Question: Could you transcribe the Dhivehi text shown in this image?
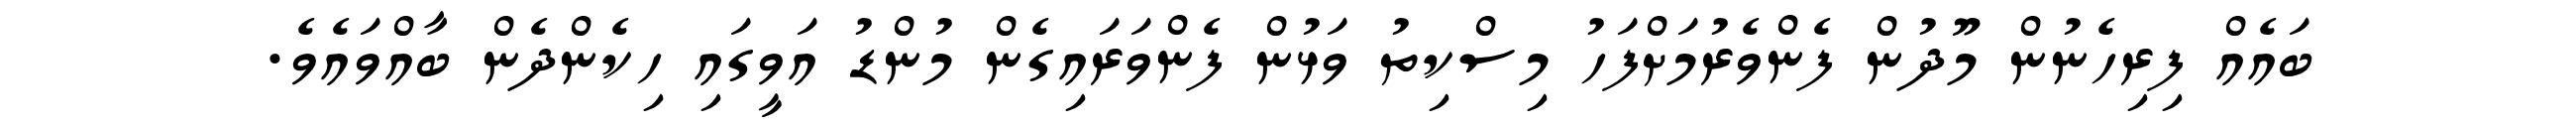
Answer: ބައެއް ފިރިހެނުން މޫދުން ފެންވެރުމަށްފަހު މިސްކިތު ވަޅުން ފެންވަރައިގެން މުންޑު އަވީގައި ހިކެންދެން ބާއްވައެވެ.